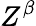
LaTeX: Z^{\beta}